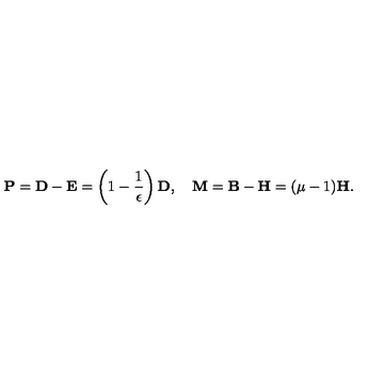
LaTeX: { \bf P } = { \bf D - E } = \left( 1 - { \frac { 1 } { \epsilon } } \right) { \bf D } , \quad { \bf M } = { \bf B - H } = ( \mu - 1 ) { \bf H } .